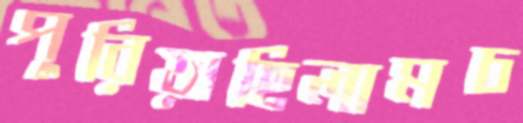
পুরিয়াছিলামচ